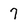
Character: 7